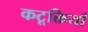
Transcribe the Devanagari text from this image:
कटूक्तियाँ